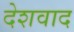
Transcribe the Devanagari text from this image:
देशवाद